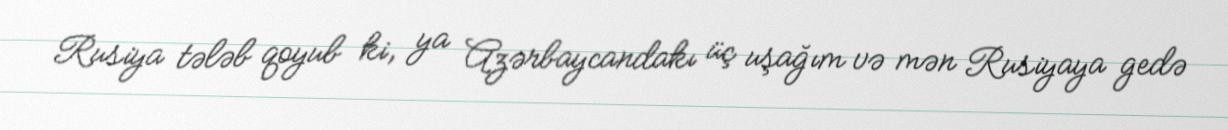
Rusiya tələb qoyub ki, ya Azərbaycandakı üç uşağım və mən Rusiyaya gedə